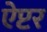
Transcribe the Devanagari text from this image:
ऐप्टर